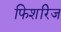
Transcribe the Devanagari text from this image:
फिशरिज